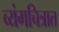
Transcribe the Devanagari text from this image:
व्यंगचित्रात